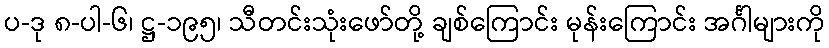
ပ-ဒု ၈-ပါ-၆၊ ဋ္ဌ-၁၉၅၊ သီတင်းသုံးဖော်တို့ ချစ်ကြောင်း မုန်းကြောင်း အင်္ဂါများကို